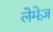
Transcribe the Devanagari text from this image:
लेमेज़